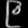
Digit: ၉